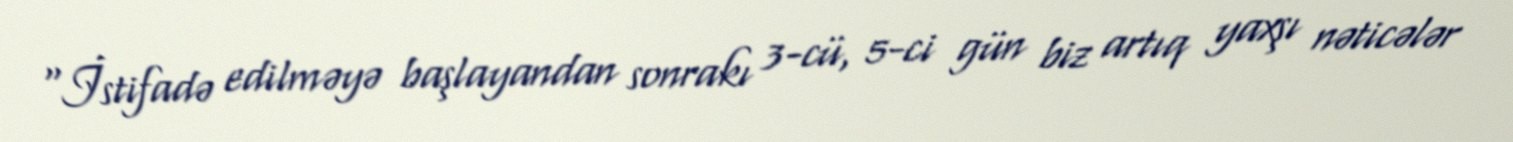
“İstifadə edilməyə başlayandan sonrakı 3-cü, 5-ci gün biz artıq yaxşı nəticələr